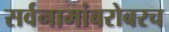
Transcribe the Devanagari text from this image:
सर्वनामांबरोबरच